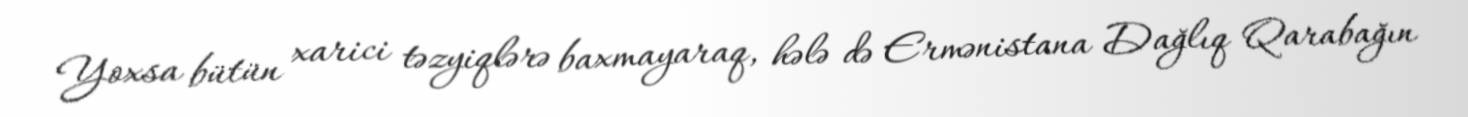
Yoxsa bütün xarici təzyiqlərə baxmayaraq, hələ də Ermənistana Dağlıq Qarabağın